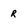
Character: R